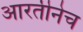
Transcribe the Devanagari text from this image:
आरतीनेच